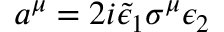
a ^ { \mu } = 2 i \tilde { \epsilon } _ { 1 } \sigma ^ { \mu } \epsilon _ { 2 }